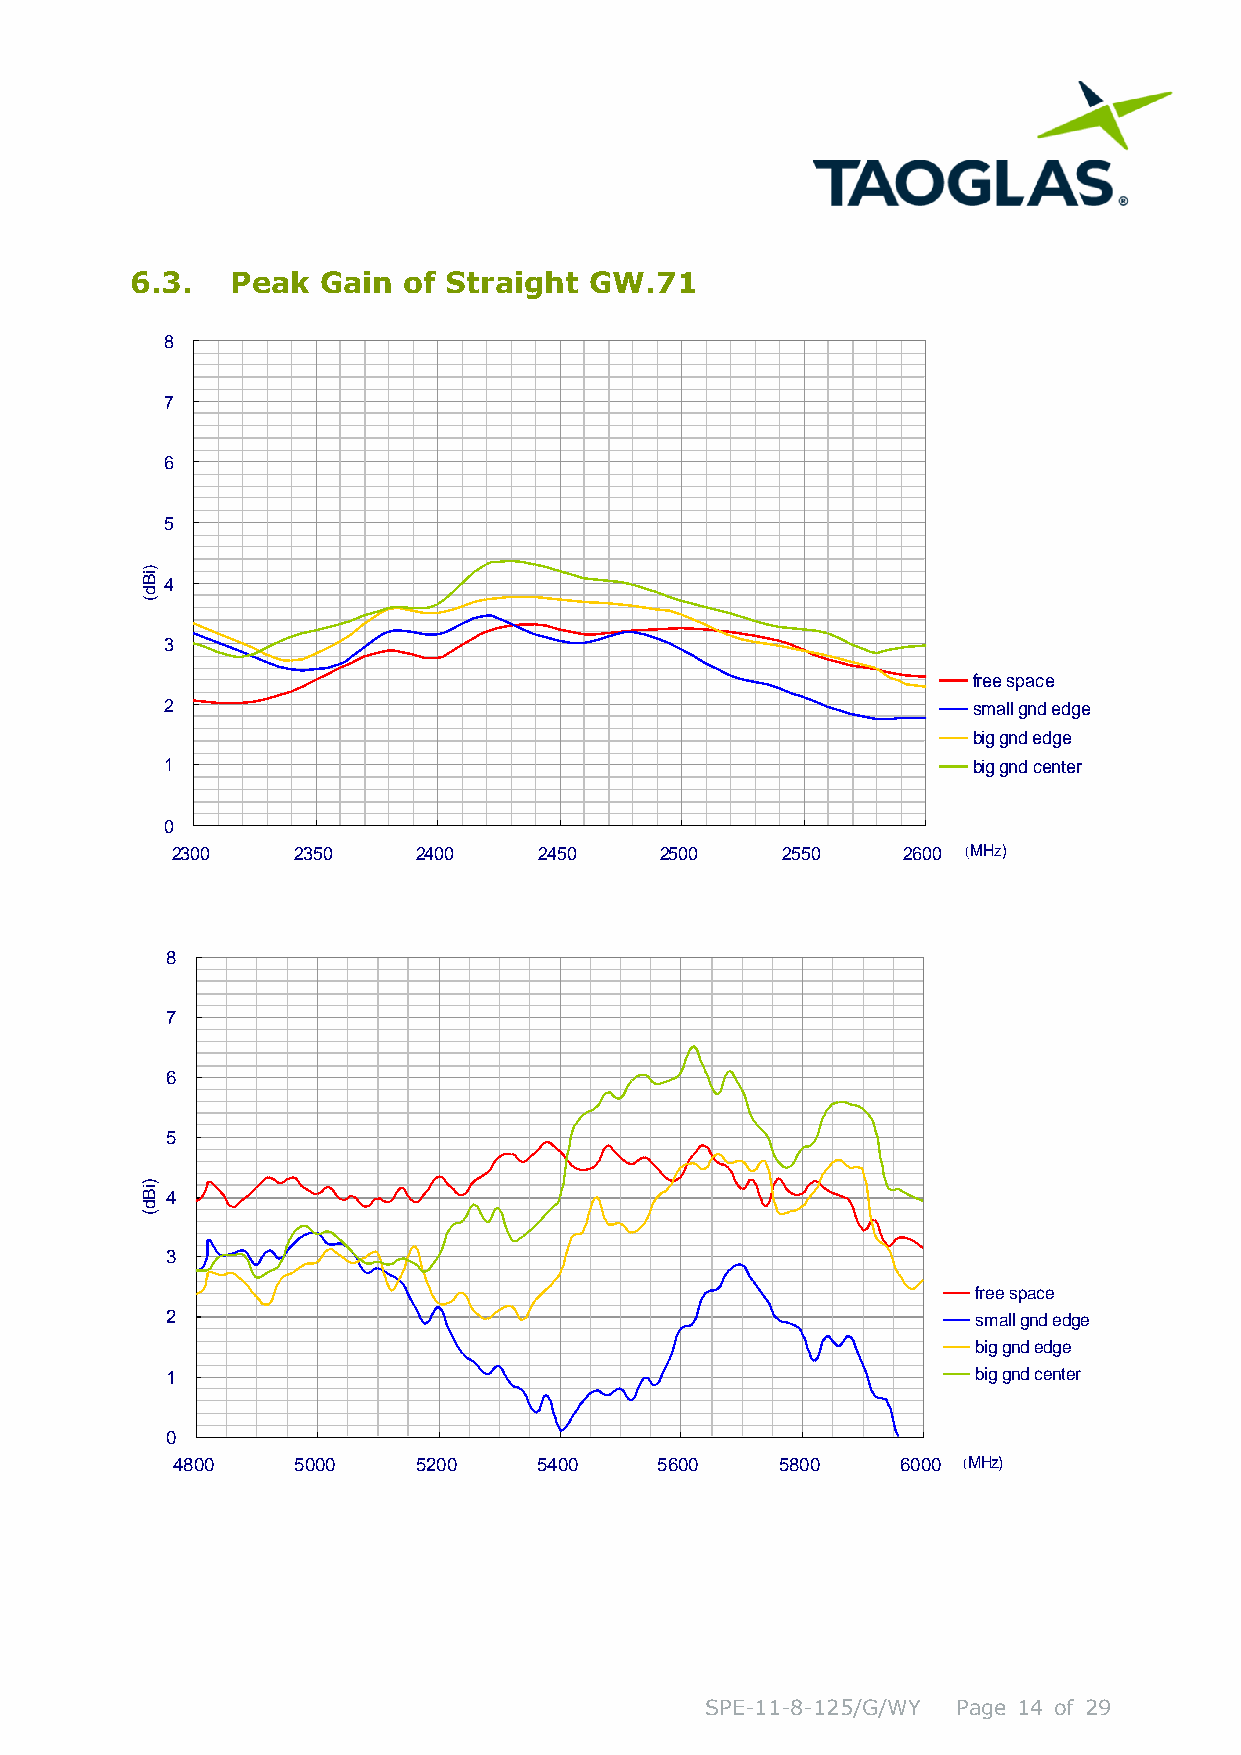
6.3.  Peak  Gain  of Straight GW.71
 8
 7
 6
 5
 )iB
 4
 d
 (
 3
 free space
 2                                                     small gnd edge
 big gnd edge
 1                                                     big gnd center
 0
 4800    5000    5200     5400   5600     5800    6000 (MHz)
 SPE-11-8-125/G/WY Page 14 of 29
 )iBd(
 8
 7
 6
 5
 4
 3
 2
 1
 0
 2 3 0 0 2 3 5 0 2 4 0 0  2 4 5 0 2 5 0 0 2 5 5 0 2 6 0 0
 fre
 s m
 b ig
 b ig
 (M H
 e s p
 a ll g
 g n d
 g n d
 z )
 a c e
 n d e
 e d g
 c e n
 d g e
 e
 te r